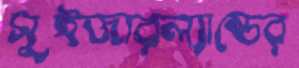
সুইজারল্যাল্ডের